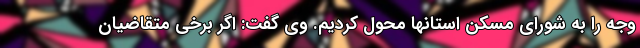
وجه را به شورای مسکن استانها محول کردیم. وی گفت: اگر برخی متقاضیان